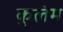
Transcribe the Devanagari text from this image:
कुलेम